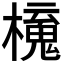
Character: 𣝂